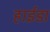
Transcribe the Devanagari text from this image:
हाईडा